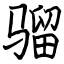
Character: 骝